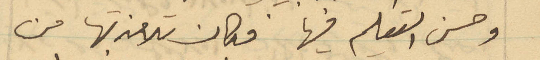
وحسن التعليم فيها فكان تلامذتها من